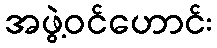
အဖွဲ့ဝင်ဟောင်း